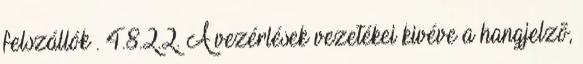
felszállók . 4.8.2.2. A vezérlések vezetékei kivéve a hangjelzõ,